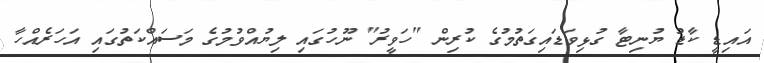
އައިޑީ ކާޑު ޔުނިޓާ ގުޅިވަޑައިގަތުމުގެ ކުރިން "ހަވީރު" ނޫހުގައި ލިޔުއްވުމުގެ މަސައްކަތުގައި އަހަރެއްހާ